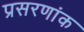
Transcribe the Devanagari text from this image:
प्रसरणांक